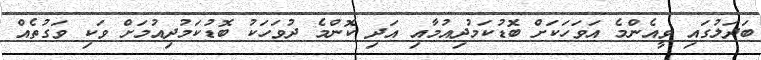
ބަދަލުގައި ވީއެންމެ އަވަހަކަށް ބޮޑުކަމުދިއުމާއި އަދި ކޮންމެ ދުވަހަކު ބޮޑުކަމުދިއުމަށް ވަކި ވަގުތެއް